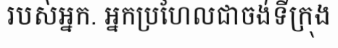
របស់អ្នក. អ្នកប្រហែលជាចង់ទីក្រុង